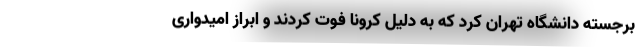
برجسته دانشگاه تهران کرد که به دلیل کرونا فوت کردند و ابراز امیدواری